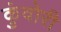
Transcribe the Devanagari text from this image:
कुंवोरी